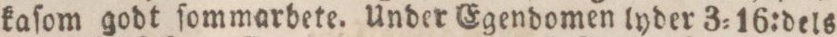
kaſom godt ſommarbete. Under Egendomen lyder 3=16:dels